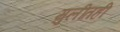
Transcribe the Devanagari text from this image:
मुलींतही